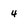
Character: 4